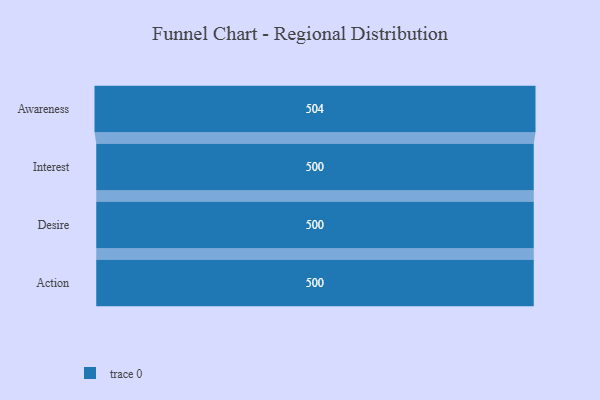
{"axis": {"x": "Stage", "y": "Value"}, "legend": [""], "data": [{"x": "Awareness", "y": 504.0, "type": ""}, {"x": "Interest", "y": 500, "type": ""}, {"x": "Desire", "y": 500, "type": ""}, {"x": "Action", "y": 500, "type": ""}]}